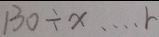
1 3 0 \div x \cdots r